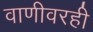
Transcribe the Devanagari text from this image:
वाणीवरही